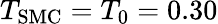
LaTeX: T_{\mathrm{SMC}}=T_{0}=0.30